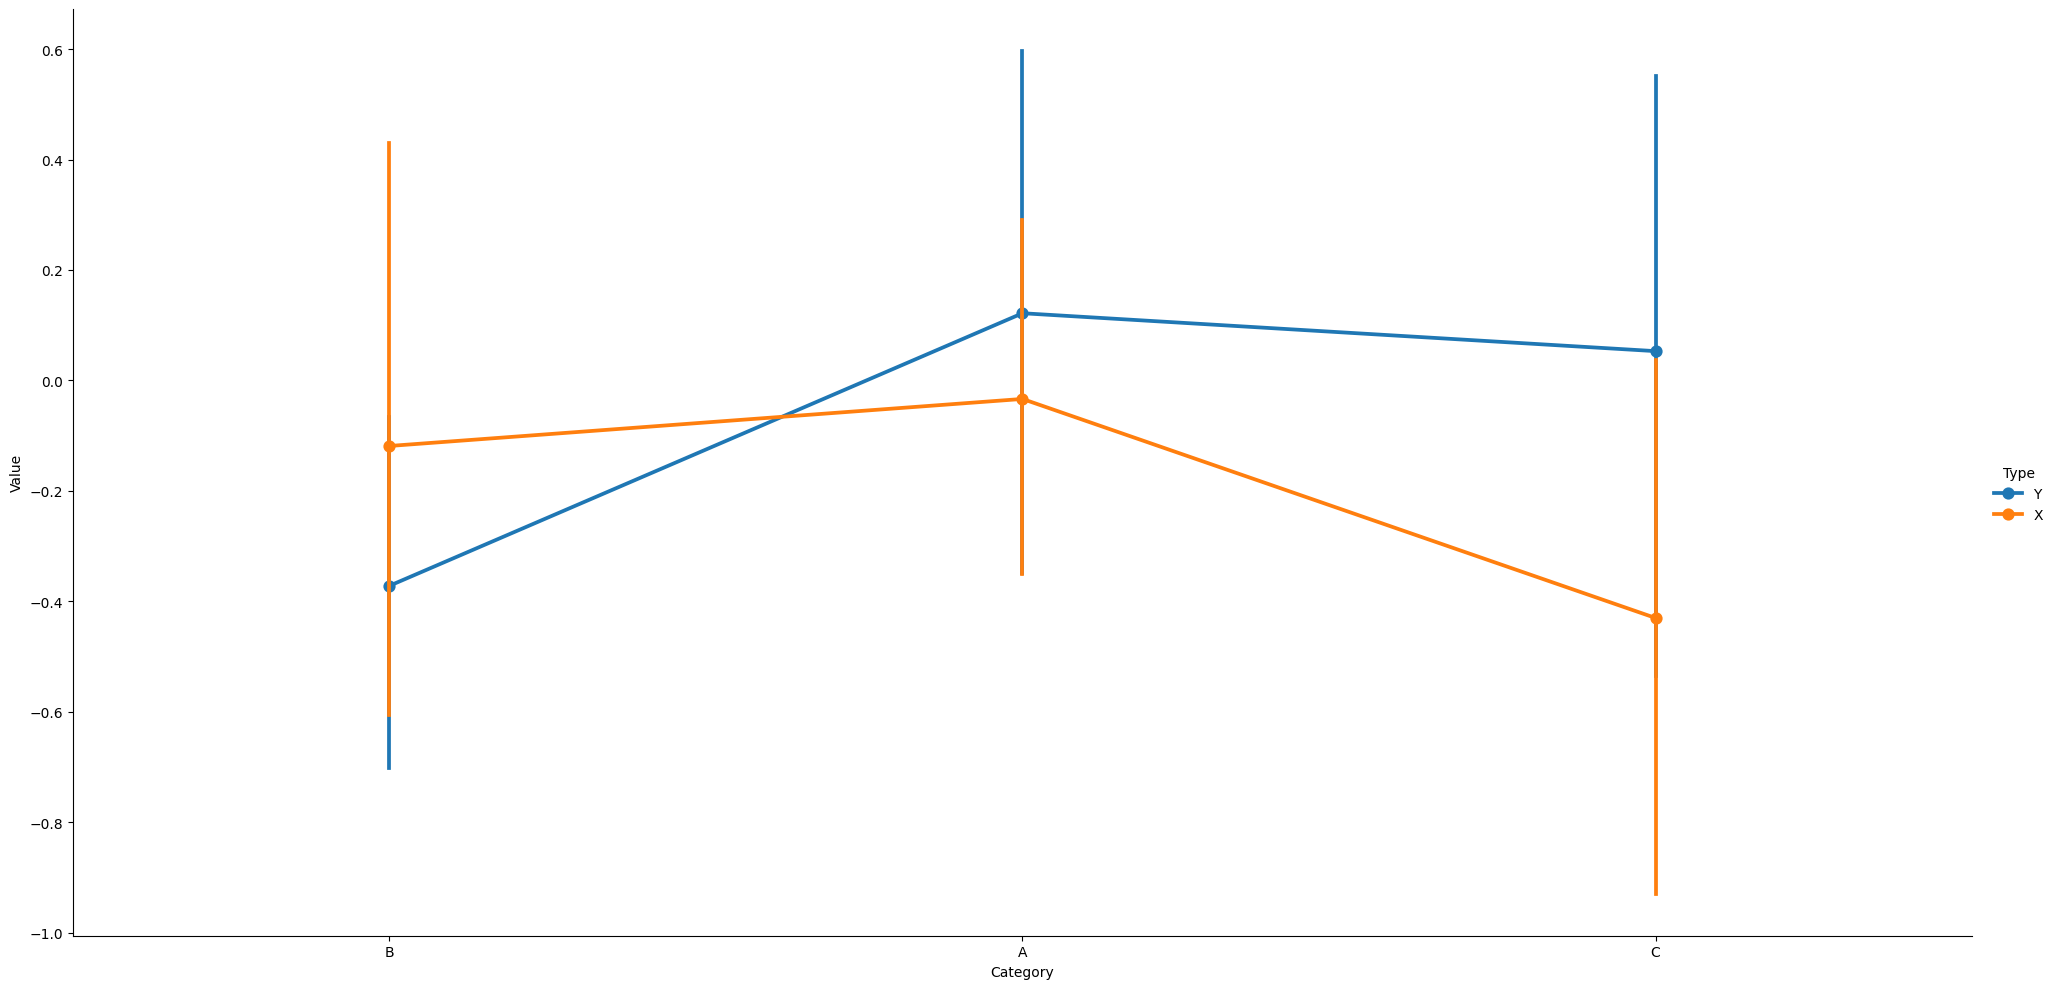
python, seaborn, catplot, kind='point', height=10, aspect=2